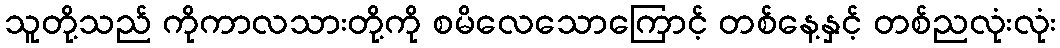
သူတို့သည် ကိုကာလသားတို့ကို စမိလေသောကြောင့် တစ်နေ့နှင့် တစ်ညလုံးလုံး